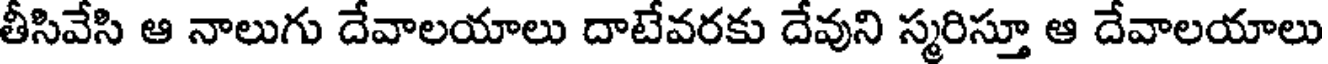
తీసివేసి ఆ నాలుగు దేవాలయాలు దాటేవరకు దేవుని స్మరిస్తూ ఆ దేవాలయాలు